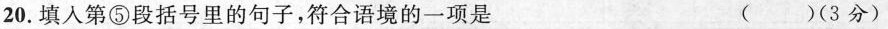
20.填入第⑤段括号里的句子，符合语境的一项是 ( )(3分)